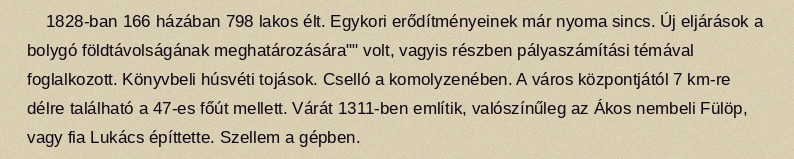
1828-ban 166 házában 798 lakos élt. Egykori erődítményeinek már nyoma sincs. Új eljárások a bolygó földtávolságának meghatározására"" volt, vagyis részben pályaszámítási témával foglalkozott. Könyvbeli húsvéti tojások. Cselló a komolyzenében. A város központjától 7 km-re délre található a 47-es főút mellett. Várát 1311-ben említik, valószínűleg az Ákos nembeli Fülöp, vagy fia Lukács építtette. Szellem a gépben.